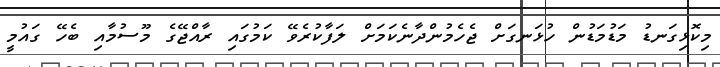
މިކޮޅިގަނޑު މަޑުމަޑުން ހުޅަނގަށް ޖެހެމުންދާނެކަމަށް ލަފާކުރެވޭ ކަމުގައި ރާއްޖޭގެ މޫސުމާއި ބެހޭ ގައުމީ